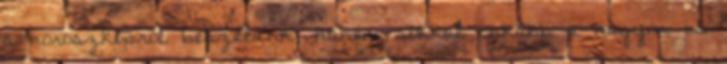
a horoszkópról beszélünk, hanem sokkal inkább a nagyon is